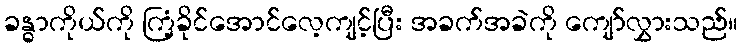
ခန္ဓာကိုယ်ကို ကြံ့ခိုင်အောင်လေ့ကျင့်ပြီး အခက်အခဲကို ကျော်လွှားသည်။